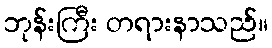
ဘုန်းကြီး တရားနာသည်။